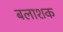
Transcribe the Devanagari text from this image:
बलाशक